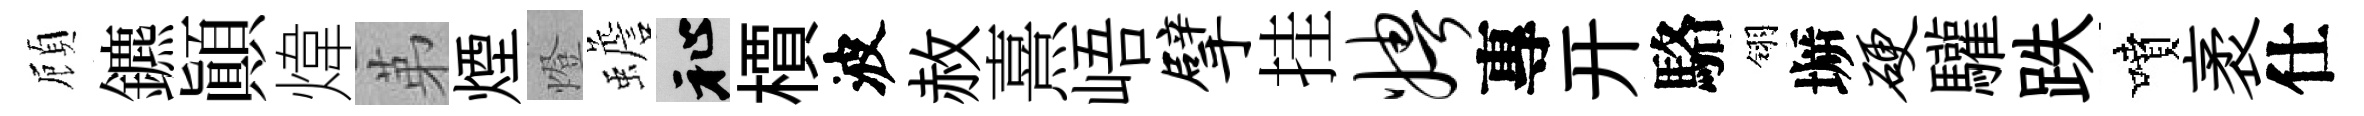
頋鑣顚煒苐煙燈蟾祉檟波赦熹峿擘挂娉專开駱翎󶱲硬驩跌噴袤仕